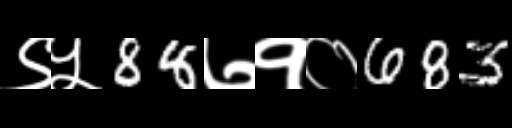
Text: ९५88७१०683